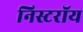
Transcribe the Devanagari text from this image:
निस्टरॉय